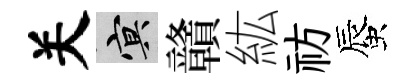
关冥贛紘祊蜃